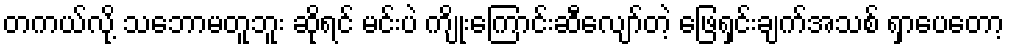
တကယ်လို့ သဘောမတူဘူး ဆိုရင် မင်းပဲ ကျိုးကြောင်းဆီလျော်တဲ့ ဖြေရှင်းချက်အသစ် ရှာပေတော့